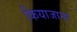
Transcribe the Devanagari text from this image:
कियाजाना